Indian Medical Review
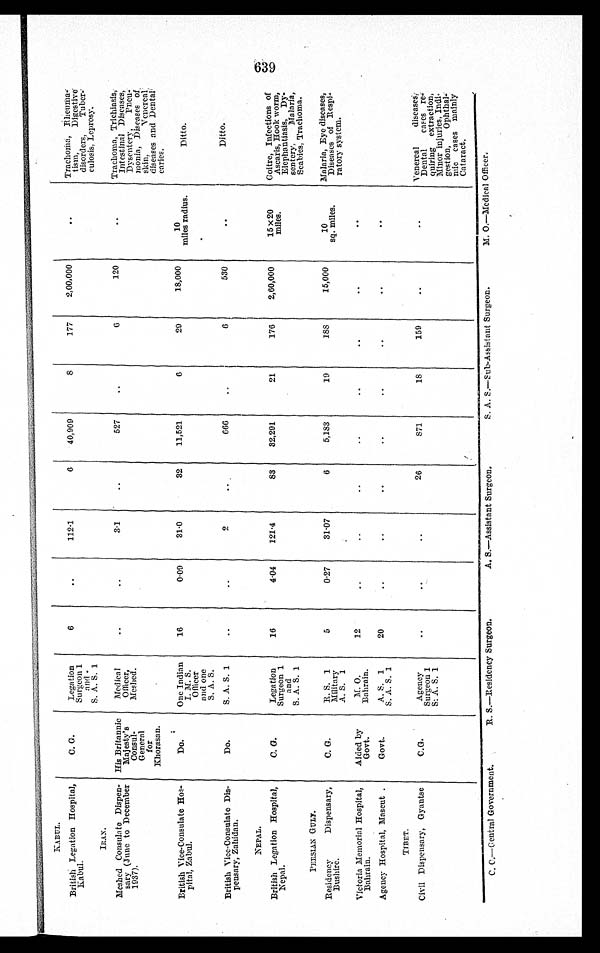
KABUL.
British Legation Hospital,
Kabul.
C. G.
Legation
Surgeon 1
and
S. A. S. 1
6
112.1
6 40,909
8
177 2,00,000
Tr a c h o ma , Rl i e u ma -
tism. Digestive
disorders, Tuber-
Leprosy.
c u l o s i s , L e p r o s y .
I R A N .
Meshed Consulate Dispen-
sary (June to December
1937).
His Britannic
Majesty' s
Consul-
General for
Khorasan.
Medical Officer,
Meshed.
3 . 1
527
6
120
Trachoma, Trichiasis,
Intestinal Diseases,
Dysentery, Pneu-
monia, Diseases of
skin, Venereal,
diseases and Dental
caries.
British Vice-Consulate Hos-
pital, Zabul.
Do.
One Indian
I. M. S.
Offi cer
and one
S. A. S.
16
0.09
31.0
32 11,521
6
29
18,000
10
miles radius.
Ditto.
British Vice-Consulate Dis-
pensary, Zahidan.
Do.
S. A. S. 1
2
666
6
530
Ditto.
NEPAL.
British Legation Hospital,
Nepal.
C. G.
Legation
Surgeon 1
and
S. A. S. 1
16
4.04 121.4
83 32,291
21
176 2,60,000
15 x 20
miles.
Goitre, Infections of
Ascaris, Hook worm,
Elephantiasis, Dy-
sentery, Malaria,
Scabies, Trachoma.
P E R S I A N G U L F .
Residency Dispensary,
Bushire
C. G.
R. S. 1
Military
A. S. 1
5
0.27
31.07
6
5,183
19
188
15,000
10
sq. miles. Malaria, Eye diseases,
Diseases of Resp i -
ratory system.
Victoria Memorial Hospital,
Bahrain.
Aided by
Govt.
M. O.
Bahrain.
12
Agency Hospital, Mascut .
Govt.
A. S. 1
S. A. S. 1
20
TIBET.
Civil Dispensary, Gyantse
C.G.
Agency
Surgeon 1
S: A. S. 1
26
871
18
159
Venereal diseases,
Dental cases re-
quiring extraction,
Minor injuries, Indi-
gestion, Ophthal-
mic cases mainly
Cataract.
C. C.—Central Government.
R. S.—Residency Surgeon.
A. S.—Assistant Surgeon.
S. A. S.—Sub-Assistant Surgeon.
M. O.—Medical Officer.